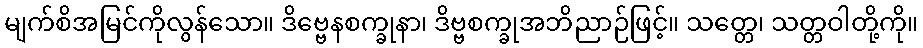
မျက်စိအမြင်ကိုလွန်သော။ ဒိဗ္ဗေနစက္ခုနာ၊ ဒိဗ္ဗစက္ခုအဘိညာဉ်ဖြင့်။ သတ္တေ၊ သတ္တဝါတို့ကို။